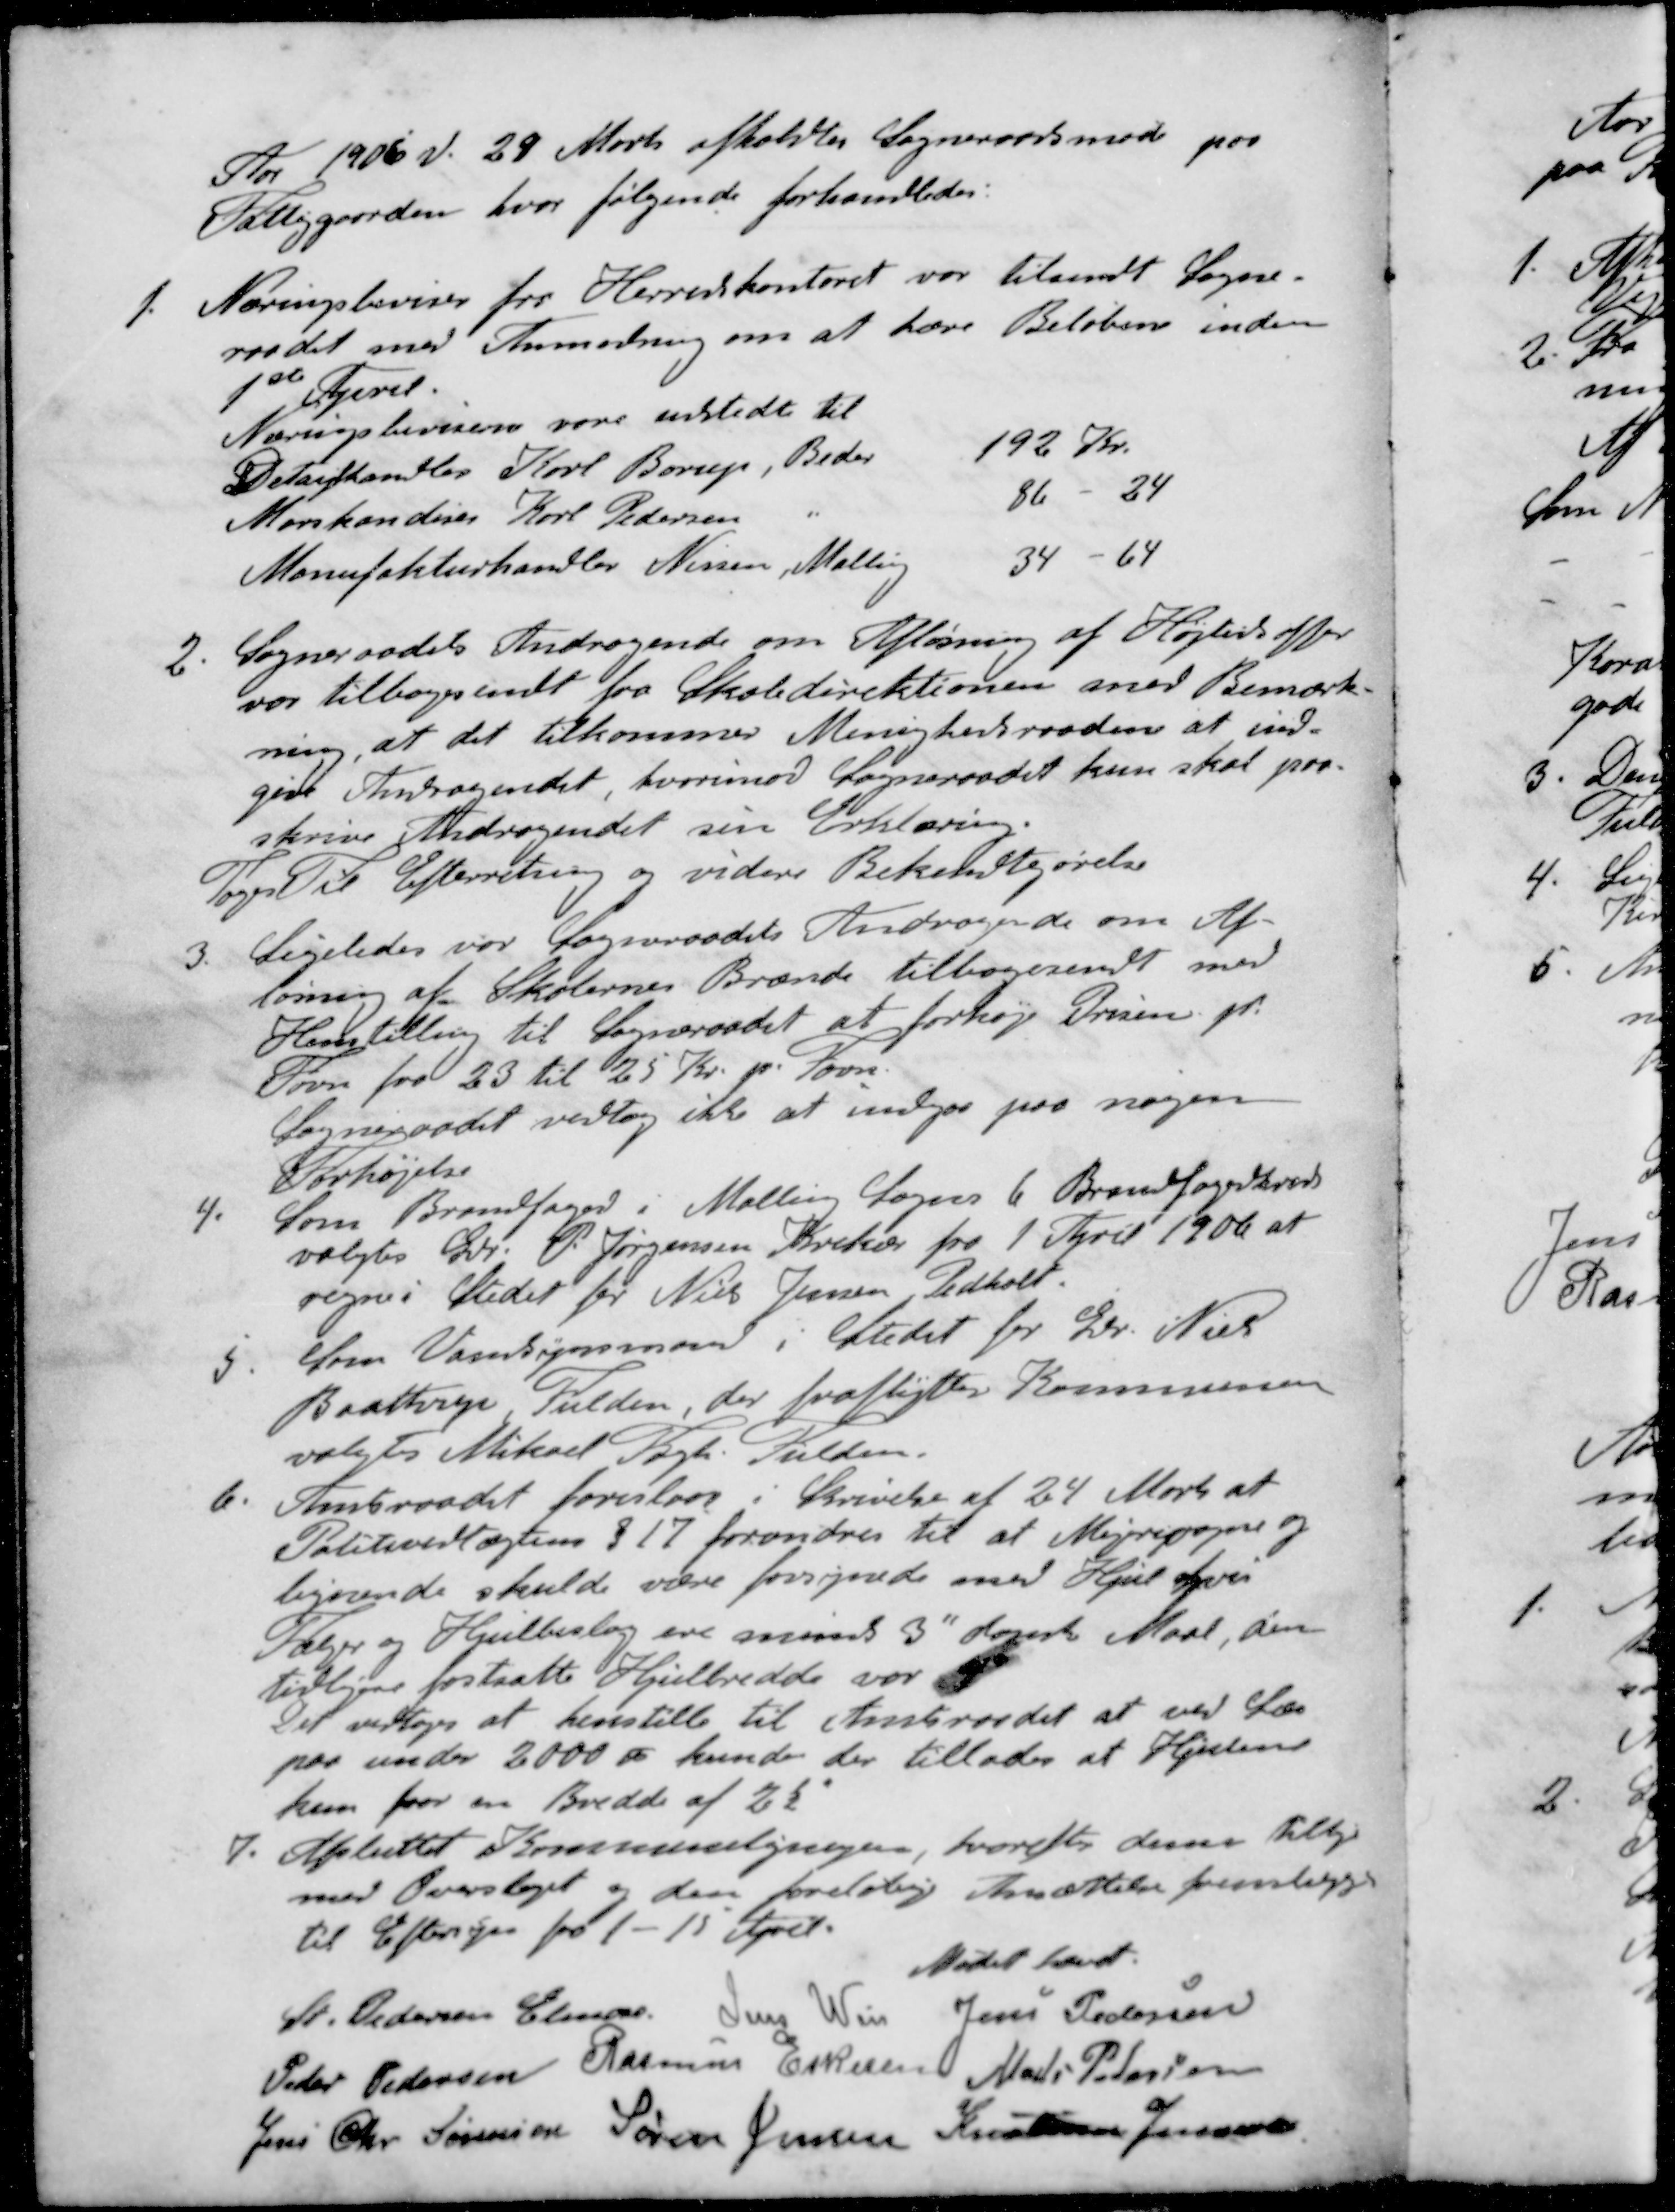
Transskription:
Aar 1906 d. 29 Marts afholdtes Sogneraadsmøde paa
Fattiggaarden, hvor følgende forhandledes:
1. Næringsbeviser fra Herredskontoret var tilsendt Sogne-
raadet med Anmodning om at hæve Beløbene inden
1ste April
Næringsbeviserne varudstedt til
Detailhandler Karl Borup, Beder 192 Kr.
Marskandiser Karl Pedersen " 86 - 34
Manufakturhandler Nissen, Malling 34 - 64
2. Sogneraadets Andragende om Afløsning af Højtidsoffer
var tilbagesendt fra Skoledirektionen med Bemærk-
ning, at det tilkommer Menighedsraadene at ind-
give Andragendet hvorimod Sogneraadet kun skal paa-
skrive Andragendet sin Erklæring.
Tages Til Efterretning og videre Bekendtgørelse
3. Ligeledes var Sogneraadets Andragende om Af-
løsning af Skolernes Brænde tilbagesendt med
Henstilling til Sogneraadet at forhøje Prisen pr.
Favn fra 23 til 25 Kr. pr. Favn
Sogneraadet vedtog ikke at indgaa paa nogen
Forhøjelse
4. Som Brandfoged i Malling Sogns 6. Brandfogedkreds
valgtes Gdr. P. Jørgensen Krekær fra 1 April 1906 at
regne i Stedet for Niels Jensen Pedholt
5. Som Vandsynsmand i Stedet for Gdr. Niels
Baastrup, Fulden, der fraflytter Kommunen
valgtes Mikael Fogh, Fulden.
6. Amtsraadet foreslaar i Skrivelse af 24 Marts at
Politivedtægtens § 17 forandres til at Mejerivogne og 
lignende skulde være forsynede med Hjul hvis
Fælge og Hjulbeslag ere mindst 3" dansk Maal, den
tidligere fastsatte Hjulbredde var 
Det vedtoges at henstille til Amtsraadet at ved Læs
paa under 2000  kunde der tillades at Hjulene
kun faar en Bredde af 2½"
7. Afsluttet Kommuneligningen, hvorefter denne tillige
med Overslaget og den foreløbige Ansættelse fremlægges
til Eftersyn fra 1 - 15 April.
Mødet hævet.
St Pedersen Elmose
Jens Weis
Jens Pedersen
Peder Pedersen
Rasmus Eskesen
Mads Petersen
Jens Chr Sørensen
Søren Jensen
Kristian Jensen